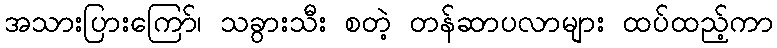
အသားပြားကြော်၊ သခွားသီး စတဲ့ တန်ဆာပလာများ ထပ်ထည့်ကာ